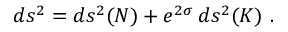
d s ^ { 2 } = d s ^ { 2 } ( N ) + e ^ { 2 \sigma } \, d s ^ { 2 } ( K ) ~ .